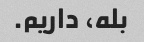
بله، داریم.